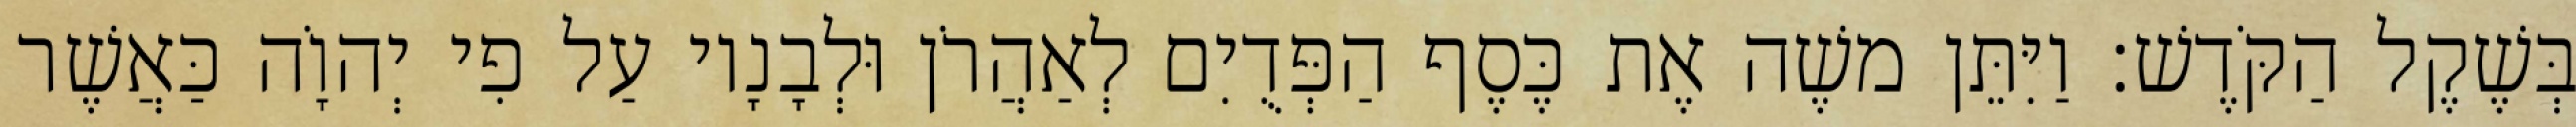
בְּשֶׁקֶל הַקֹּדֶשׁ׃ וַיִּתֵּן משֶׁה אֶת כֶּסֶף הַפְּדֻיִם לְאַהֲרֹן וּלְבָנָיו עַל פִי יְהוָֹה כַּאֲשֶׁר